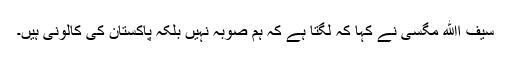
سیف اﷲ مگسی نے کہا کہ لگتا ہے کہ ہم صوبہ نہیں بلکہ پاکستان کی کالونی ہیں۔